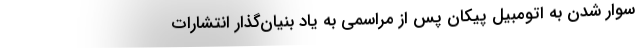
سوار شدن به اتومبیل پیکان پس از مراسمی به یاد بنیان‌گذار انتشارات